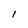
Character: I